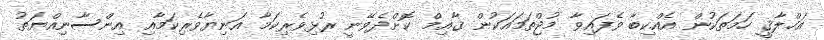
އަޚްލާޤީ ހަމަތަކުން އެއްކިބާ ވެފައިވާ މުޖްތަމައަކުން ޤާއިމް ކޮށްދެވޭނީ ރުޅިވެރިކަމާ އަނިޔާވެރިކަމާއި އިންސާނިއްޔަތު